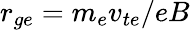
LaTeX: r_{ge}=m_{e}v_{te}/eB